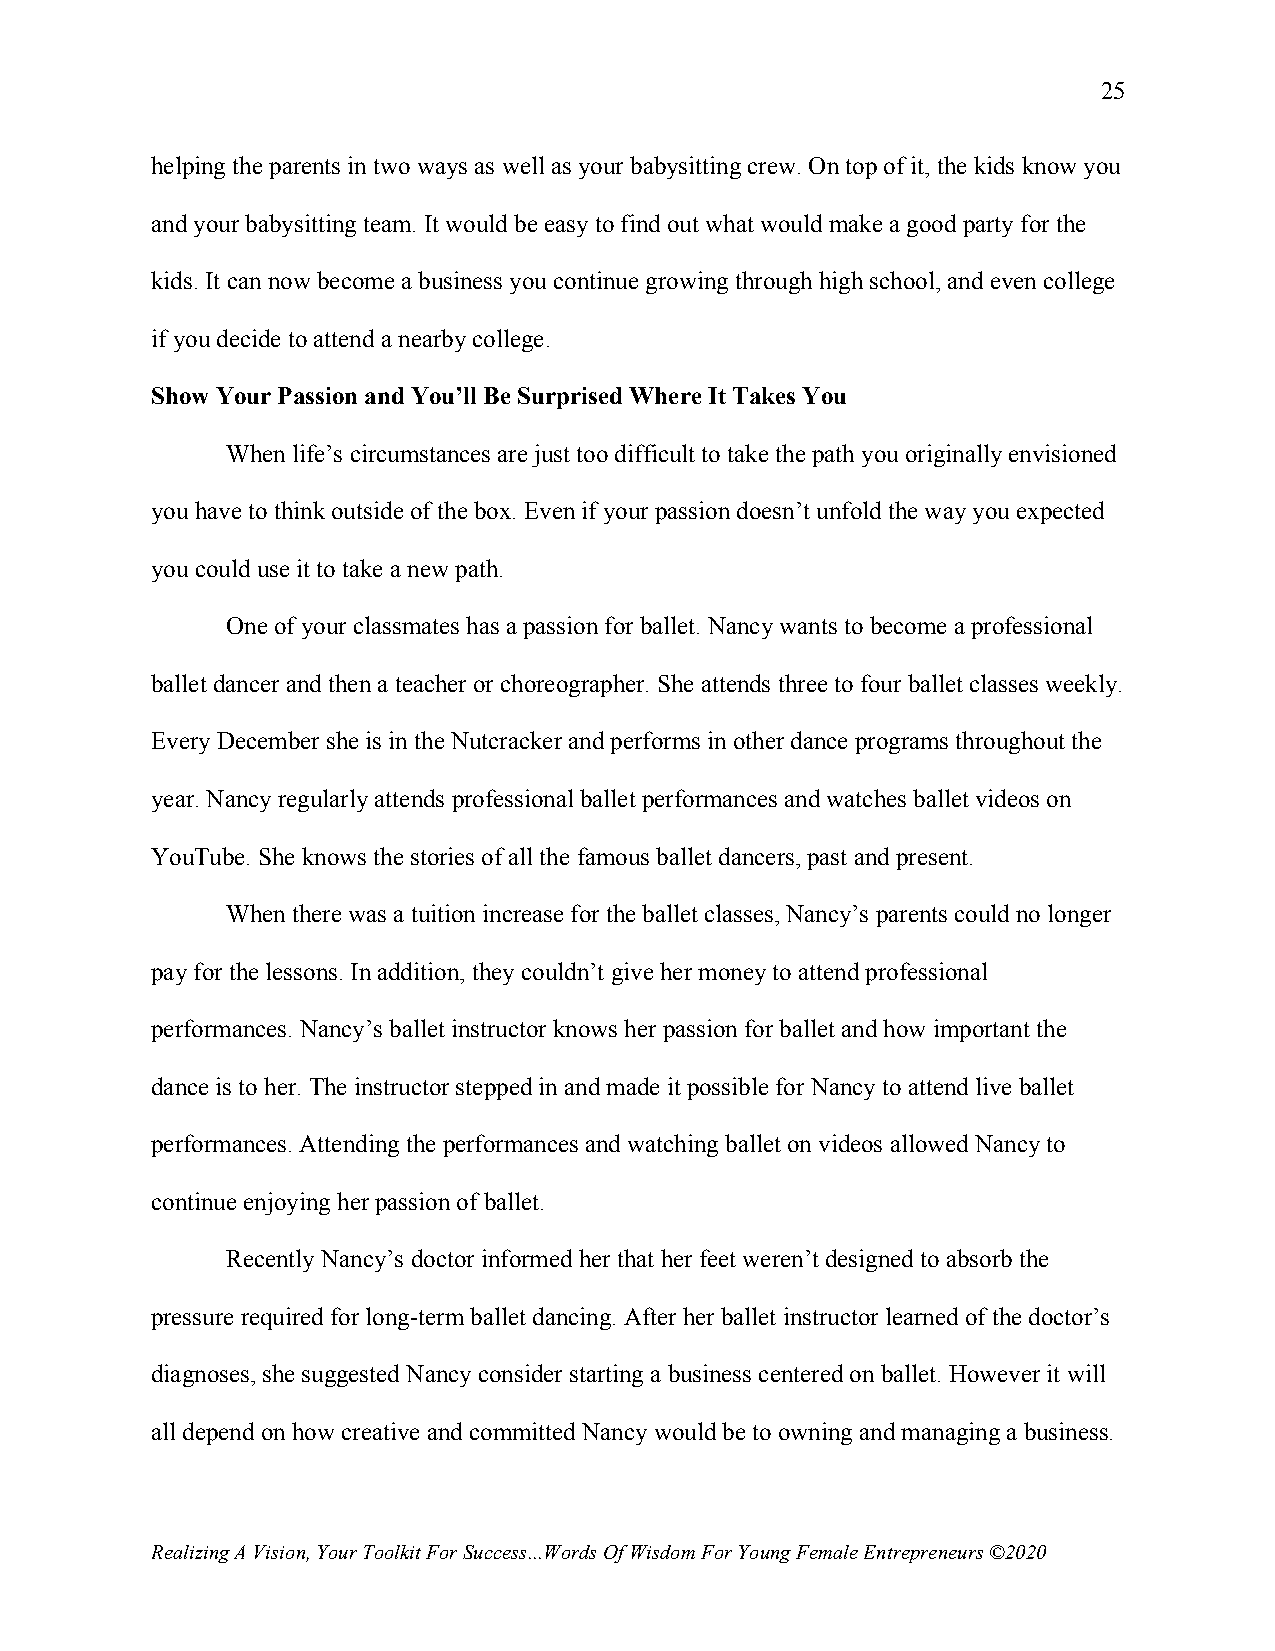
25
 helping the parents in two ways as well as your babysitting crew. On top of it, the kids know you
 and your babysitting team. It would be easy to find out what would make a good party for the
 kids. It can now become a business you continue growing through high school, and even college
 if you decide to attend a nearby college.
 Show Your Passion and You’ll Be Surprised Where It Takes You
 When life’s circumstances are just too difficult to take the path you originally envisioned
 you have to think outside of the box. Even if your passion doesn’t unfold the way you expected
 you could use it to take a new path.
 One of your classmates has a passion for ballet. Nancy wants to become a professional
 ballet dancer and then a teacher or choreographer. She attends three to four ballet classes weekly.
 Every December she is in the Nutcracker and performs in other dance programs throughout the
 year. Nancy regularly attends professional ballet performances and watches ballet videos on
 YouTube. She knows the stories of all the famous ballet dancers, past and present.
 When there was a tuition increase for the ballet classes, Nancy’s parents could no longer
 pay for the lessons. In addition, they couldn’t give her money to attend professional
 performances. Nancy’s ballet instructor knows her passion for ballet and how important the
 dance is to her. The instructor stepped in and made it possible for Nancy to attend live ballet
 performances. Attending the performances and watching ballet on videos allowed Nancy to
 continue enjoying her passion of ballet.
 Recently Nancy’s doctor informed her that her feet weren’t designed to absorb the
 pressure required for long-term ballet dancing. After her ballet instructor learned of the doctor’s
 diagnoses, she suggested Nancy consider starting a business centered on ballet. However it will
 all depend on how creative and committed Nancy would be to owning and managing a business.
 Realizing A Vision, Your Toolkit For Success...Words Of Wisdom For Young Female Entrepreneurs ©2020